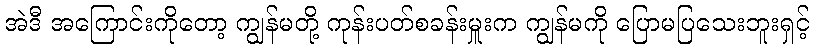
အဲဒီ အကြောင်းကိုတော့ ကျွန်မတို့ ကုန်းပတ်စခန်းမှူးက ကျွန်မကို ပြောမပြသေးဘူးရှင့်